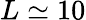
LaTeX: L\simeq 10